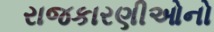
રાજકારણીઓનો